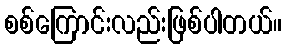
စစ်ကြောင်းလည်းဖြစ်ပါတယ်။